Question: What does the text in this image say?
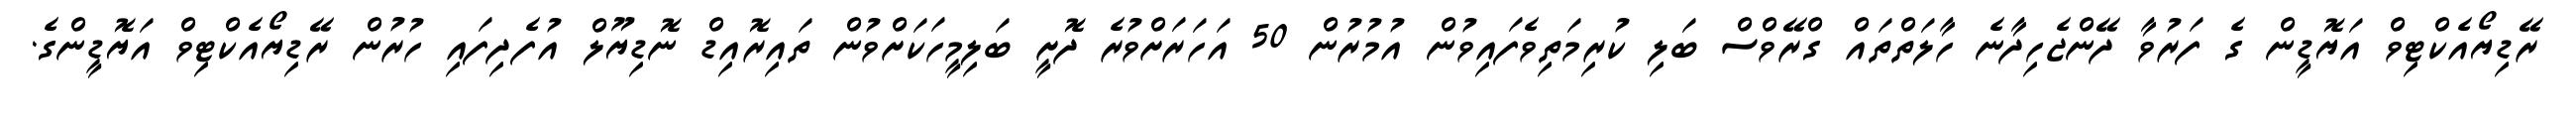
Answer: ރޭޑިޔޯއެކްޓިވް އަޔޮޑީން ގެ ފަރުވާ ދޭންޖެހިދާނެ ހާލަތްތައް ގްރޭވްސް ބަލި ކުރިމަތިވެފައިވުން އުމުރުން 50 އަހަރަށްވުރެ ދޮށީ ބަލިމީހަކަށްވުން ތައިރޮއިޑް ނޮޑިޔޫލް އުފެދިފައި ހުރުން ރޭޑިޔޯއެކްޓިވް އަޔޮޑީންގެ.